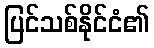
ပြင်သစ်နိုင်ငံ၏